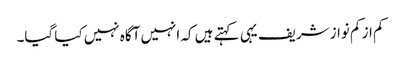
کم از کم نواز شریف یہی کہتے ہیں کہ انہیں آگاہ نہیں کیا گیا۔